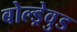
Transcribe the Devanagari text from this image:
बोल्ड्रेवुड